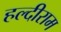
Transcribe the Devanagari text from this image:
हल्दीराम